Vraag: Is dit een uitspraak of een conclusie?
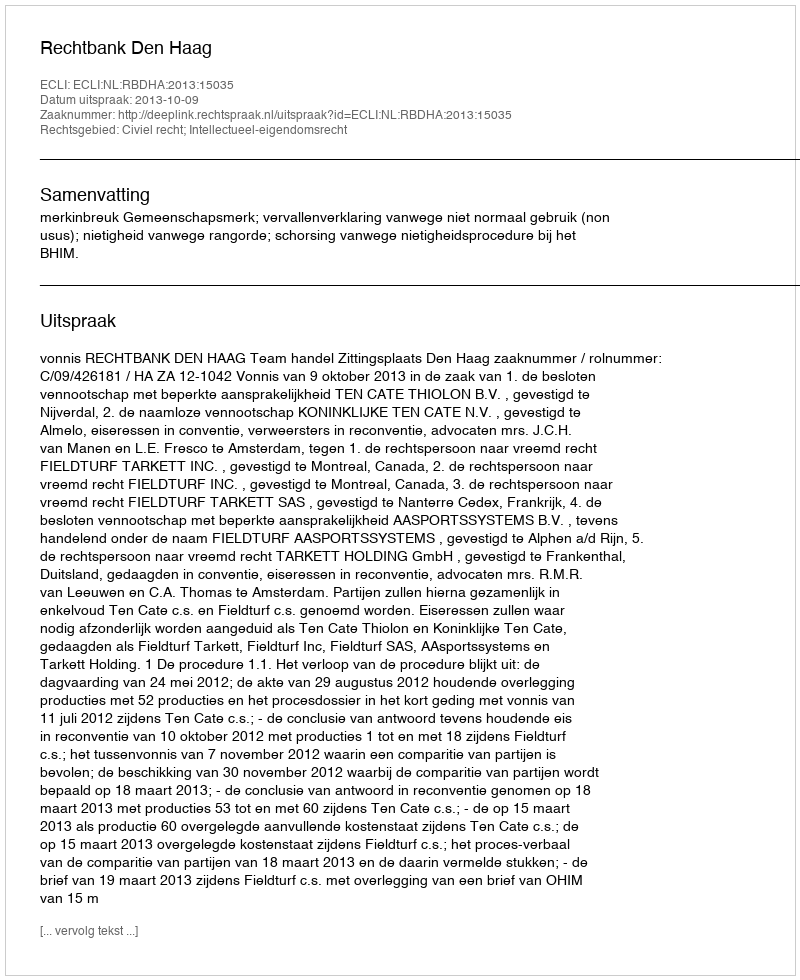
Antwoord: Uitspraak